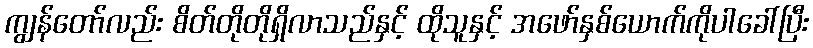
ကျွန်တော်လည်း စိတ်တိုတိုရှိလာသည်နှင့် ထိုသူနှင့် အဖော်နှစ်ယောက်ကိုပါခေါ်ပြီး